Preliminary report on the development of the Leishman-Donovan body in the bed bug - Number 27
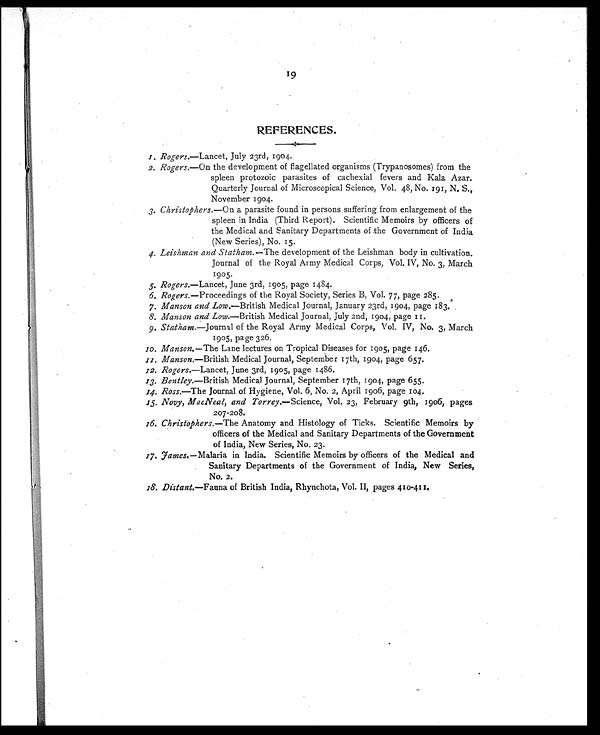
19
REFERENCES.
1. Rogers.—Lancet, July 23rd, 1904.
2. Rogers. —On the development of flagellated organisms (Trypanosomes) from the
spleen protozoic parasites of cachexial fevers and Kala Azar.
Quarterly Journal of Microscopical Science, Vol. 48, No. 191, N. S.,
November 1904.
3. Christophers. —On a parasite found in persons suffering from enlargement of the
spleen in India (Third Report). Scientific Memoirs by officers of
the Medical and Sanitary Departments of the Government of India
(New Series), No. 15.
4. Leishman and Statham. —The development of the Leishman body in cultivation.
Journal of the Royal Army Medical Corps, Vol. IV, No. 3, March
1905.
5. Rogers.—Lancet, June 3rd, 1905, page 1484.
6. Rogers. —Proceedings of the Royal Society, Series B, Vol. 77, page 285
.
7. Manson and Low.—British Medical Journal, January 23rd, 1904, page 183.
8. Manson and Low.—British Medical Journal, July 2nd, 1904, page
1 1 .
9. Statham.—Journal of the Royal Army Medical Corps, Vol. IV, No. 3, March
1905, page 326.
10. Manson. —The Lane lectures on Tropical Diseases for 1905, page 146.
11. Manson.—British Medical Journal, September 17th, 1904, page 657.
12. Rogers.—Lancet, June 3rd, 1905, page 1486.
13. Bentley.—British Medical Journal, September 17th, 1904, page 655.
14. Ross.—The Journal of Hygiene, Vol. 6, No. 2, April 1906, page 104.
15. Novy, MacNeal, and Torrey. —Science, Vol. 23, February 9th, 1906, pages
207-208.
16. Christophers. —The Anatomy and Histology of Ticks. Scientific Memoirs by
officers of the Medical and Sanitary Departments of the Government
of India, New Series, No. 23.
17. James. —Malaria in India. Scientific Memoirs by officers of the Medical and
Sanitary Departments of the Government of India, New Series,
No. 2.
18. Distant.—Fauna of British India, Rhynchota, Vol. II, pages 410-411.